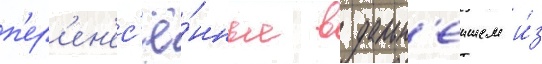
п'ер'ен'ес'ё́нные в дальн'еишем и́з